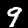
Digit: 9